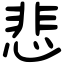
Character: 悲